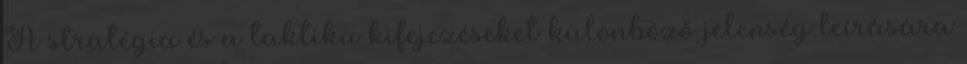
A stratégia és a taktika kifejezéseket különböző jelenség leírására